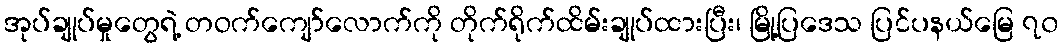
အုပ်ချုပ်မှုတွေရဲ့ တဝက်ကျော်လောက်ကို တိုက်ရိုက်ထိမ်းချုပ်ထားပြီး၊ မြို့ပြဒေသ ပြင်ပနယ်မြေ ၇၀